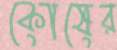
কোষের